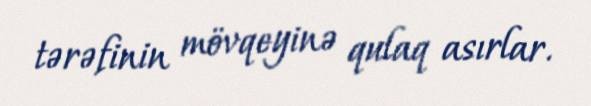
tərəfinin mövqeyinə qulaq asırlar.